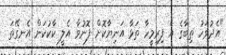
"އެދުވަހު ތިބާގެ އެ ފިރިމީހާ ތަޅާ އަނިޔާކޮށް ފޮނުވާ އެލީ ކާކުކަން އެނގޭތަ